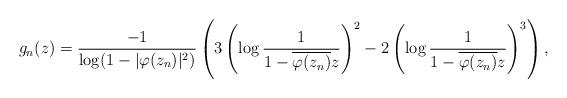
LaTeX: \begin{align*}g_n(z)=\frac{-1}{\log(1-|\varphi(z_n)|^2)}\left(3\left(\log\frac{1}{1-\overline{\varphi(z_n)}z}\right)^2-2\left(\log\frac{1}{1-\overline{\varphi(z_n)}z}\right)^3\right),\end{align*}